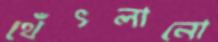
থেঁৎলানো